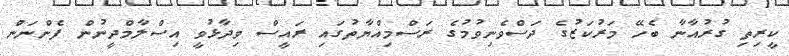
ކީރިތި ގުރުއާނާ ބެހޭ މަރުކަޒުގެ ދަސްވެނިވުމުގެ ރަސްމިއްޔާތުގައި ރައީސް ވިދާޅުވީ އިސްލާމްދީނުން ފެންނަން